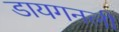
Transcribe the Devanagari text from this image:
डायगनली